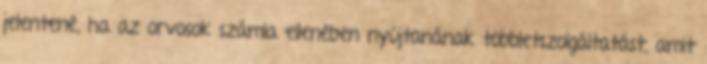
jelentené, ha az orvosok számla ellenében nyújtanának többletszolgáltatást, amit